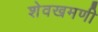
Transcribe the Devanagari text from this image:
शेवखमणी